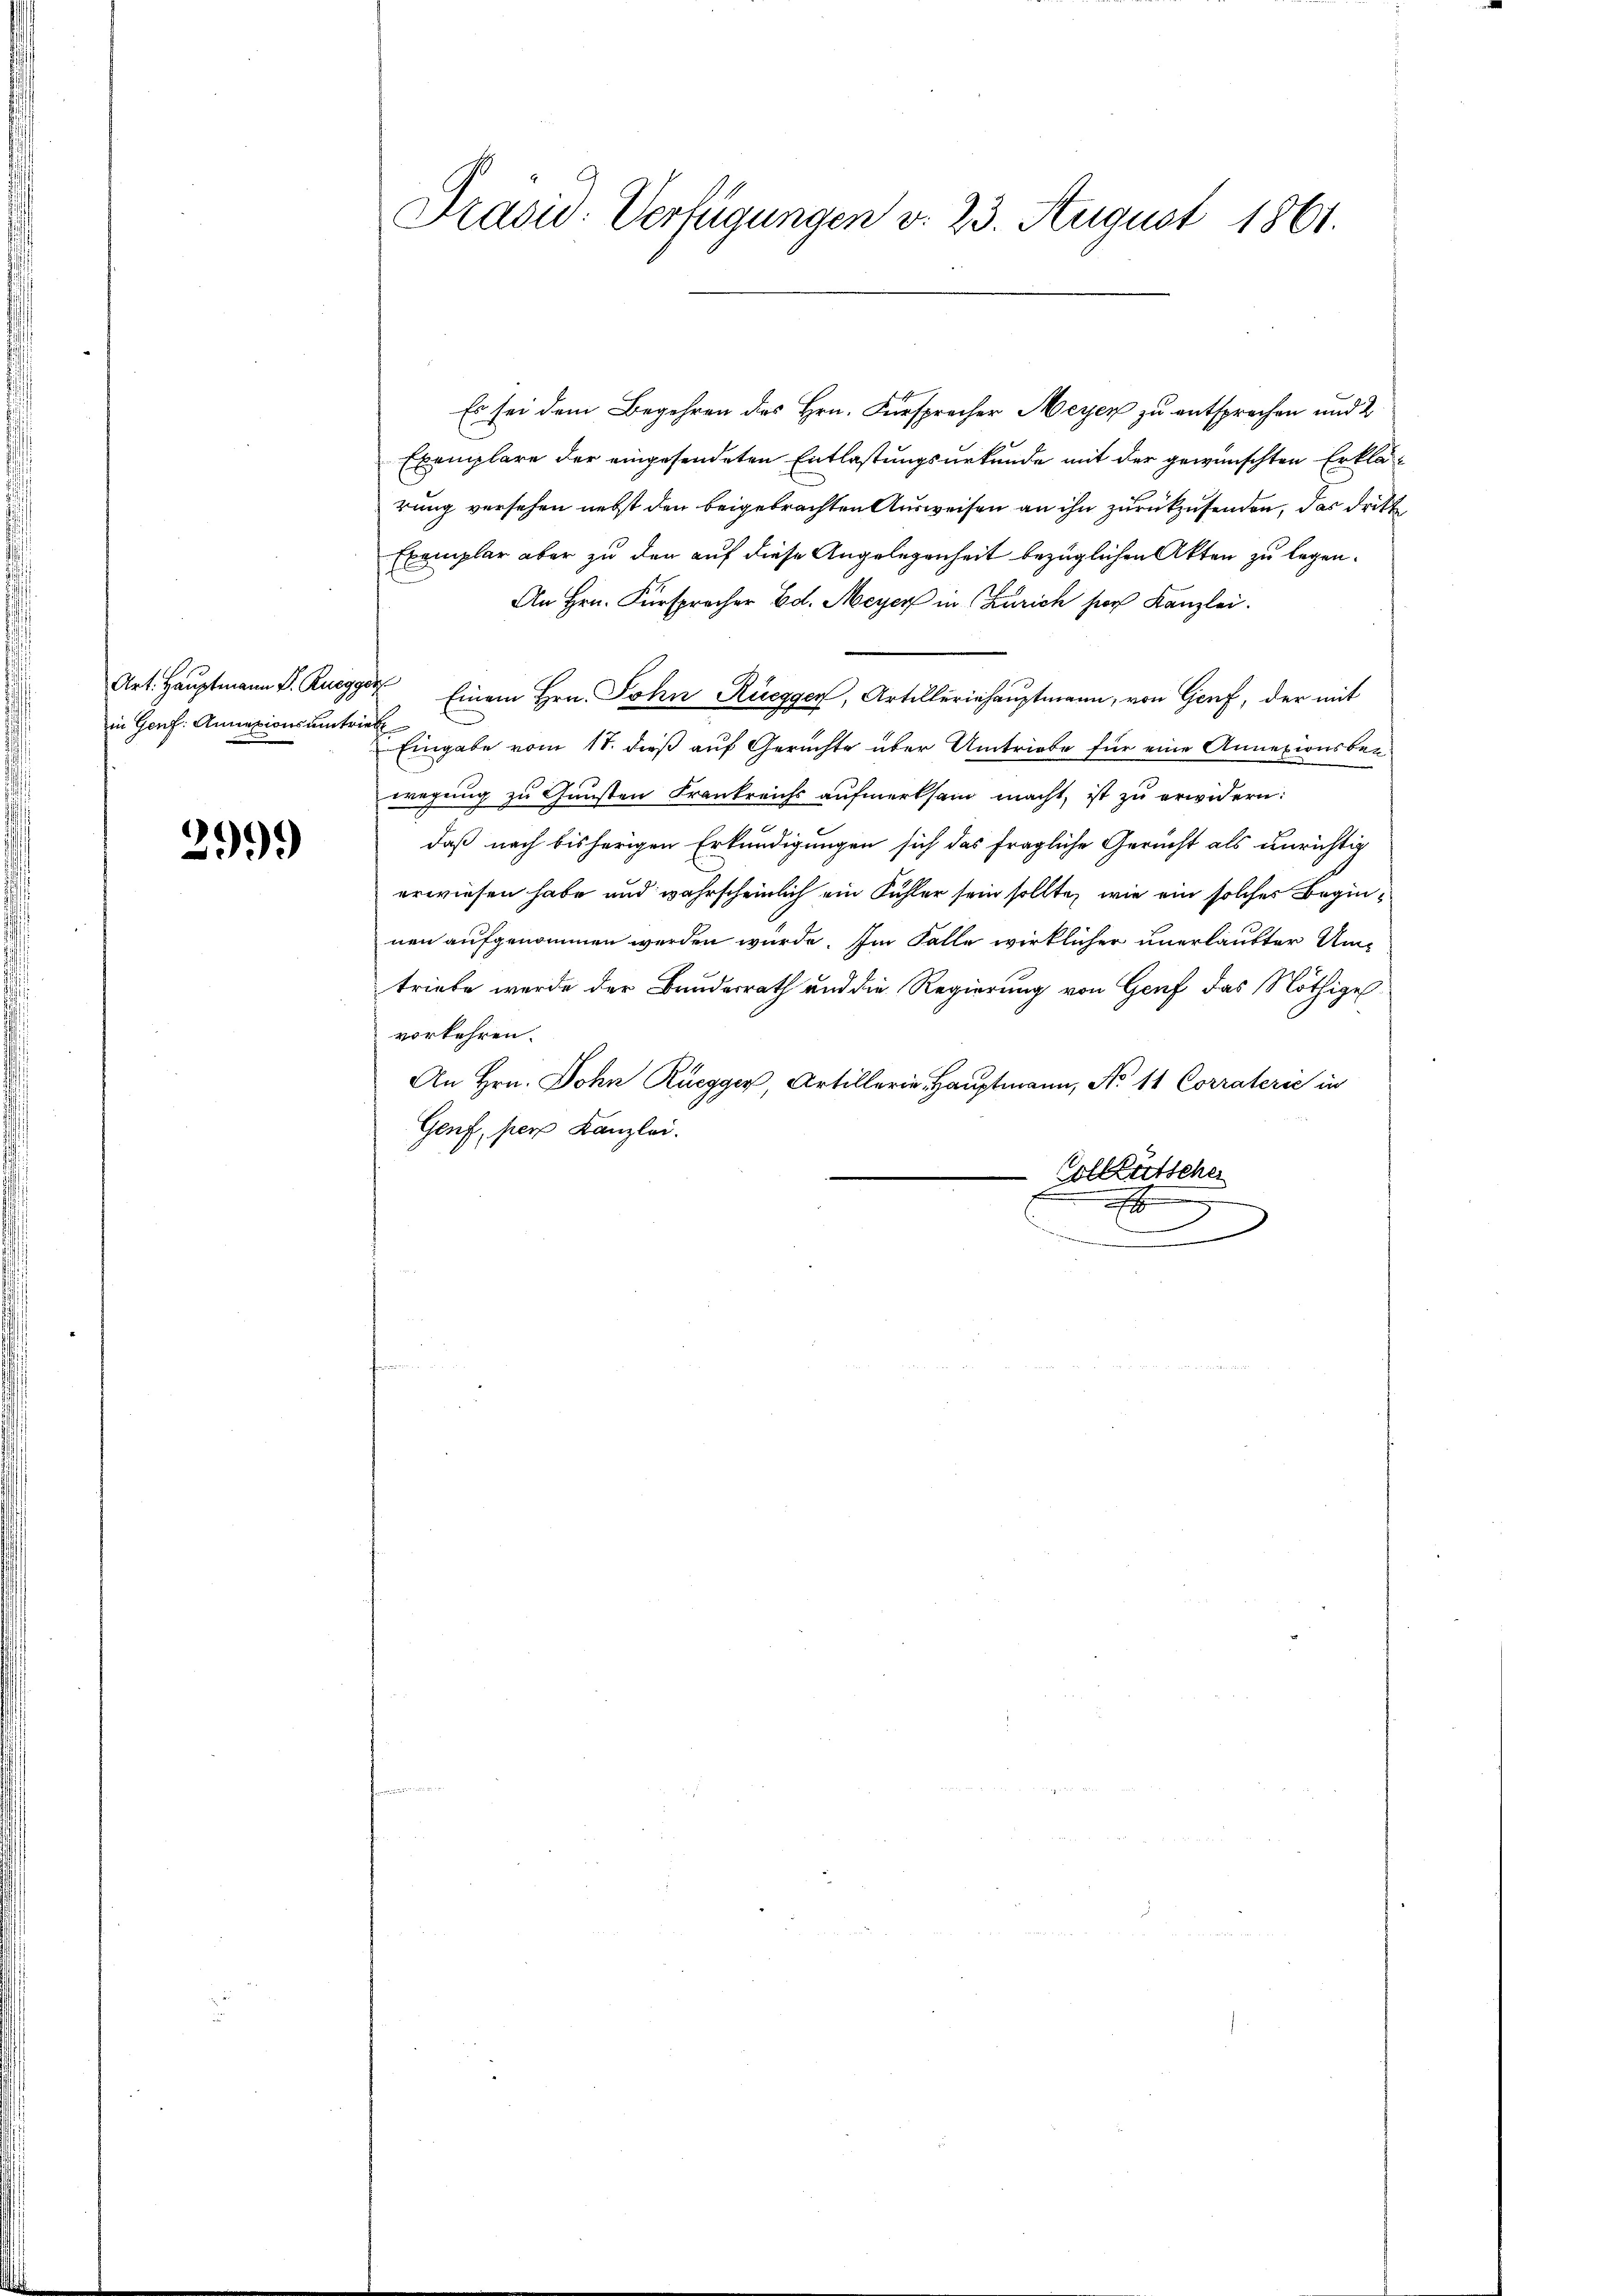
in Genf. Annexionsumtrieb

2999

Präsid. Verfügungen d. 23. August 1861.

Es sei dem Begehren des Hrn. Fürsprecher Meyer zu entsprechen und 2
Exemplare der eingesendeten Entlastungsurkunde mit der gewünschten Erklärung versehen nebst den beigebrachten Ausweisen an ihn zurückzusenden, das dritt
Exemplar aber zu der auf diese Angelegenheit bezüglichen Akten zu legen.
An Hrn. Fürspracher Ed. Meyer in Zürich hier Kanzlei.
Art. Hauptmann P. Ruegger Einem Hrn. John Ruegger, Artilleriehauptmann, von Genf, der mit
Eingabe vom 17. dieß auf Gerichte über Umtriebe für eine Annexionsberwegung zu Gunsten Frankreichs aufmerksam macht, ist zu erwidern:
daß nach bisherigen Erkundigungen sich das fragliche Gericht als unrichtig
erwiesen habe und wahrscheinlich ein Fühler sein sollte, wie ein solches Beginnen aufgenommen werden würde. Im Falle wirklicher unerlaubter Umtriebe werde der Bundesrath und die Regierung von Genf das Nöthige
vorkehren.
An Hrn. Dohn Ruegger, Artillerie Hauptmann, No 11 Corraterić in
Genf, per Kanzlei.
Aollbürtsche
.
a
.